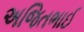
અજિતભાઈ